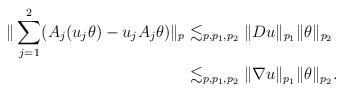
LaTeX: \begin{align*}\| \sum_{j=1}^2 ( A_j (u_j \theta) - u_j A_j \theta) \|_p&\lesssim_{p,p_1,p_2} \|D u\|_{p_1} \|\theta \|_{p_2} \\& \lesssim_{p,p_1,p_2} \| \nabla u \|_{p_1} \| \theta \|_{p_2}.\end{align*}